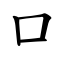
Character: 口